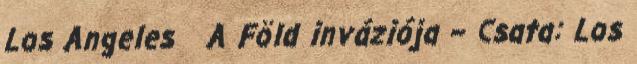
Los Angeles A Föld inváziója – Csata: Los